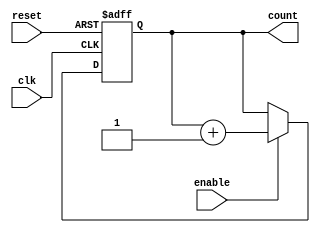
module async_counter #(parameter N = 4) (
    input wire clk,          // Clock input
    input wire reset,        // Asynchronous reset
    input wire enable,       // Enable input
    output wire [N-1:0] count // N-bit count output
);

    // Declare the counter register
    reg [N-1:0] count_reg;

    // Assign the count output
    assign count = count_reg;

    // Asynchronous reset and counting logic
    always @(posedge clk or posedge reset) begin
        if (reset) begin
            count_reg <= 0; // Reset the counter to 0
        end else if (enable) begin
            // Increment the counter
            count_reg <= count_reg + 1'b1;
        end
    end

endmodule